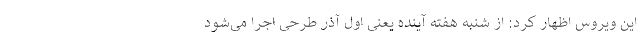
این ویروس اظهار کرد: از شنبه هفته آینده یعنی اول آذر طرحی اجرا می‌شود